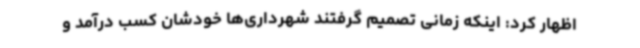
اظهار کرد: اینکه زمانی تصمیم گرفتند شهرداری‌ها خودشان کسب درآمد و